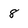
Character: 8